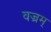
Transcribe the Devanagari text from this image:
वज्रम्